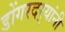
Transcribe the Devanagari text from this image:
डोंगरदर्‍यांनी